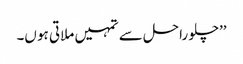
’’چلو راحل سے تمہیں ملاتی ہو ں۔